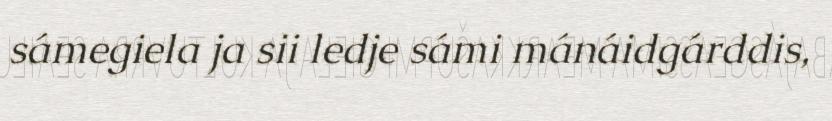
sámegiela ja sii ledje sámi mánáidgárddis,